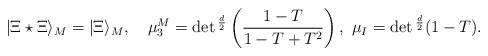
\begin{align*}|\Xi\star\Xi\rangle_M=|\Xi\rangle_M,\ \ \ \mu_3^M=\det{}^{d\over2}\left({1-T\over1-T+T^2}\right),\ \mu_I=\det{}^{d\over2}(1-T).\end{align*}